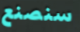
سنصنع